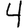
Digit: 4